Civil Veterinary Department Bihar & Orissa reports 1929-36 - 1929-1936
Year: 1929
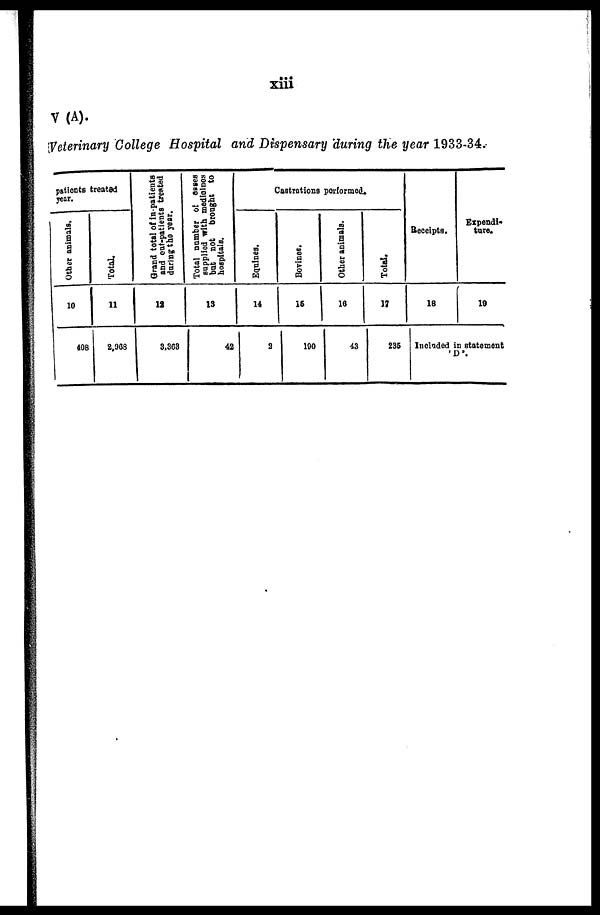
xiii
V (A).
Veterinary College Hospital and Dispensary during the year 1933-34.
patients treated
year.
Other animals.
10
408
Total.
11
2,068
Grand total of in-patients
and out-patients treated
during the year.
12
3,363
Total number of cases
supplied with medicines
but not brought to
hospitals.
13
42
Castrations performed.
Equines.
14
2
Bovines.
16
190
Other animals.
16
43
Total.
17
235
Receipts.
18
Expendi-
ture.
19
Included in statement
' D '.